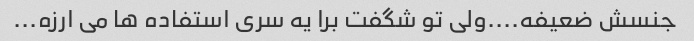
جنسش ضعیفه....ولی تو شگفت برا یه سری استفاده ها می ارزه...